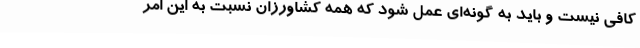
کافی نیست و باید به گونه‌ای عمل شود که همه کشاورزان نسبت به این امر